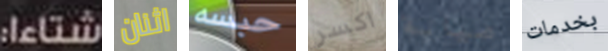
شتاءا: اثنان حبسه اكسر صيانة بخدمات